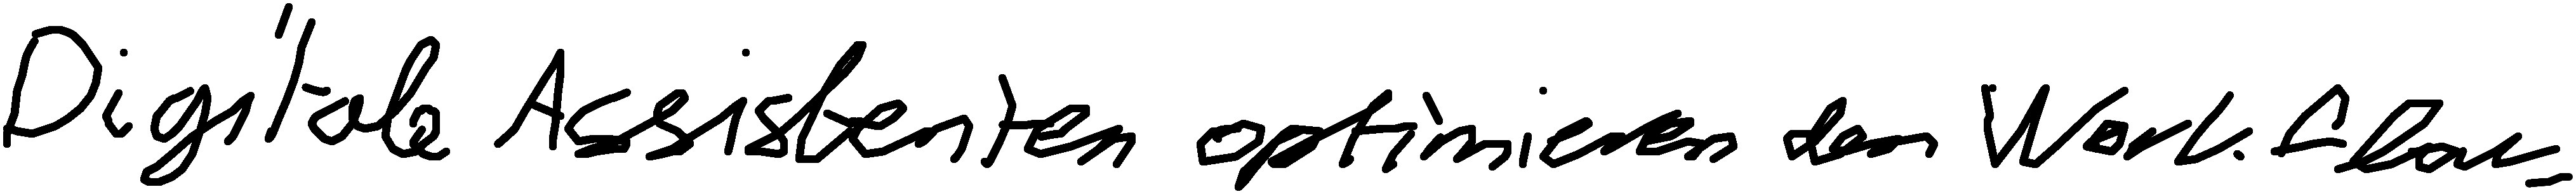
Digitale Assistenten optimieren den Workflow.